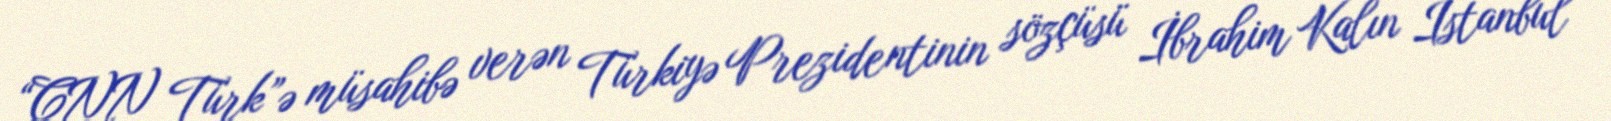
“CNN Türk”ə müsahibə verən Türkiyə Prezidentinin sözçüsü İbrahim Kalın İstanbul